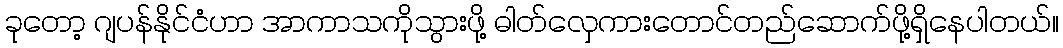
ခုတော့ ဂျပန်နိုင်ငံဟာ အာကာသကိုသွားဖို့ ဓါတ်လှေကားတောင်တည်ဆောက်ဖို့ရှိနေပါတယ်။